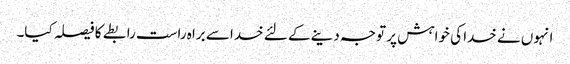
انہوں نے خدا کی خواہش پر توجہ دینے کے لئے خدا سے براہ راست رابطے کا فیصلہ کیا۔